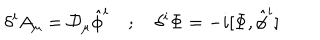
LaTeX: \delta ^ { i } A _ { \mu } = { \cal D } _ { \mu } \hat { \phi } ^ { i } ; \delta ^ { i } \Phi = - i [ \Phi , \hat { \phi } ^ { i } ]